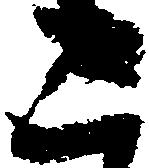
こ